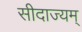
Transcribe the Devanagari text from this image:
सीदाज्यम्